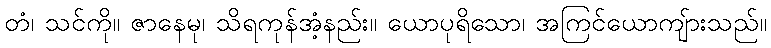
တံ၊ သင်ကို။ ဇာနေမု၊ သိရကုန်အံ့နည်း။ ယောပုရိသော၊ အကြင်ယောကျ်ားသည်။